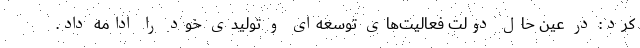
کرد: در عین حال دولت فعالیت‌های توسعه‌ای و تولیدی خود را ادامه داد.